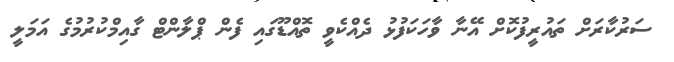
ސަރުކާރަށް ތައުރީފުކޮށް އޭނާ ވާހަކަފުޅު ދެއްކެވީ ތޮއްޑޫގައި ފެން ޕްލާންޓް ގާއިމްކުރުމުގެ އަމަލީ